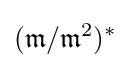
({\mathfrak {m}}/{\mathfrak {m}}^{2})^{*}